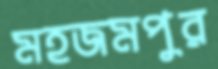
মহজমপুর